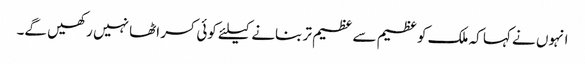
انہوں نے کہا کہ ملک کو عظیم سے عظیم تر بنانے کیلئے کوئی کسر اٹھا نہیں رکھیں گے۔